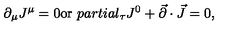
\partial _ { \mu } J ^ { \mu } = 0 \mathrm { o r } \ p a r t i a l _ { \tau } J ^ { 0 } + \vec { \partial } \cdot \vec { J } = 0 ,